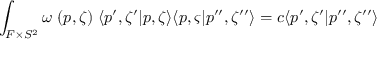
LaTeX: \int _ { { \cal F } \times S ^ { 2 } } \omega \ ( p , \zeta ) \; \langle p ^ { \prime } , \zeta ^ { \prime } | p , \zeta \rangle \langle p , \varsigma | p ^ { \prime \prime } , \zeta ^ { \prime \prime } \rangle = c \langle p ^ { \prime } , \zeta ^ { \prime } | p ^ { \prime \prime } , \zeta ^ { \prime \prime } \rangle